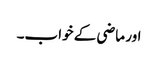
اور ماضی کے خواب۔